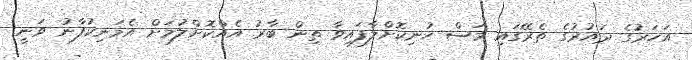
އަހަރުގެ ދައުރުގެ ތެރޭގައި މަސް ހުނިކޮށްލާފައިވާ ތިން ބާރު އެއްކޮށްލުމަށް އެމަނިކުފާނު ވަނީ